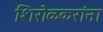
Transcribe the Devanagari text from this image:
शिरोळकरांना